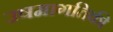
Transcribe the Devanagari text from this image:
उषमागतिकी